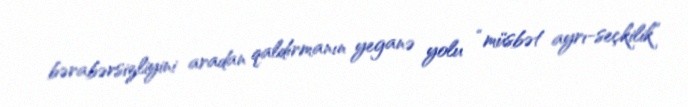
bərabərsizliyini aradan qaldırmanın yeganə yolu “müsbət ayrı-seçkilik”